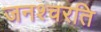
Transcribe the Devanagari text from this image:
जनश्चरति